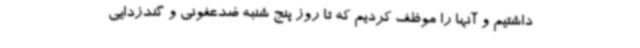
داشتیم و آنها را موظف کردیم که تا روز پنج شنبه ضدعفونی و گندزدایی